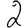
Digit: 2